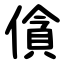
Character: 僋